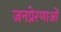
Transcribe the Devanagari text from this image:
जनप्रेरणाओं